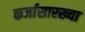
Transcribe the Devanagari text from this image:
कर्जासारख्या